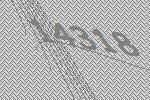
14318